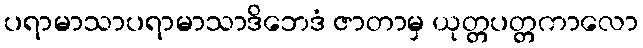
ပရာမာသာပရာမာသာဒိဘေဒံ ဇာတာမှ ယုတ္တပတ္တကာလော